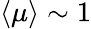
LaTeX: \langle\mu\rangle\sim 1